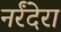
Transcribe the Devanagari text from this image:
नर्रंदेरा